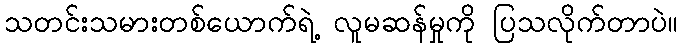
သတင်းသမားတစ်ယောက်ရဲ့ လူမဆန်မှုကို ပြသလိုက်တာပဲ။